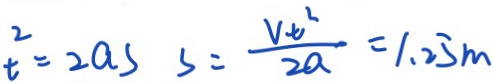
t ^ { 2 } = 2 a s s = \frac { v t ^ { 2 } } { 2 a } = 1 . 2 5 m